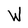
Character: W